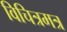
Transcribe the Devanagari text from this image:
विचित्रमत्र